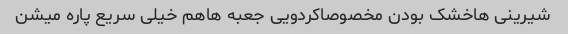
شیرینی هاخشک بودن مخصوصاکردویی جعبه هاهم خیلی سریع پاره میشن